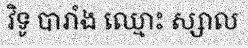
វិទូ បារាំង ឈ្មោះ ស្សាល